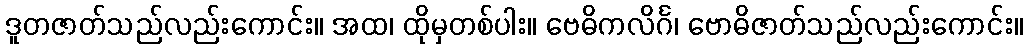
ဒူတဇာတ်သည်လည်းကောင်း။ အထ၊ ထိုမှတစ်ပါး။ ဗေဓိကလိင်္ဂ၊ ဗောဓိဇာတ်သည်လည်းကောင်း။